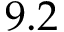
9 . 2